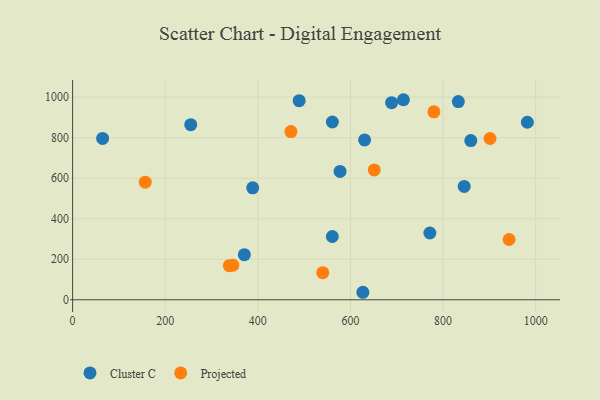
{"axis": {"x": "Experience", "y": "Exam Score"}, "legend": ["Cluster C", "Projected"], "data": [{"x": "489.2", "y": 982.9, "type": "Cluster C"}, {"x": "714.3", "y": 987.4, "type": "Cluster C"}, {"x": "859.8", "y": 786.0, "type": "Cluster C"}, {"x": "370.8", "y": 222.5, "type": "Cluster C"}, {"x": "388.9", "y": 552.4, "type": "Cluster C"}, {"x": "626.8", "y": 37.0, "type": "Cluster C"}, {"x": "845.6", "y": 559.3, "type": "Cluster C"}, {"x": "832.9", "y": 978.3, "type": "Cluster C"}, {"x": "630.5", "y": 789.1, "type": "Cluster C"}, {"x": "560.8", "y": 312.4, "type": "Cluster C"}, {"x": "560.9", "y": 877.5, "type": "Cluster C"}, {"x": "982.0", "y": 876.3, "type": "Cluster C"}, {"x": "255.1", "y": 864.4, "type": "Cluster C"}, {"x": "577.5", "y": 633.7, "type": "Cluster C"}, {"x": "688.8", "y": 972.8, "type": "Cluster C"}, {"x": "64.8", "y": 796.2, "type": "Cluster C"}, {"x": "771.4", "y": 329.6, "type": "Cluster C"}, {"x": "345.9", "y": 170.7, "type": "Projected"}, {"x": "156.8", "y": 580.5, "type": "Projected"}, {"x": "780.2", "y": 927.8, "type": "Projected"}, {"x": "338.4", "y": 168.2, "type": "Projected"}, {"x": "942.5", "y": 297.4, "type": "Projected"}, {"x": "901.3", "y": 795.9, "type": "Projected"}, {"x": "651.3", "y": 641.0, "type": "Projected"}, {"x": "540.1", "y": 133.6, "type": "Projected"}, {"x": "471.4", "y": 830.4, "type": "Projected"}]}